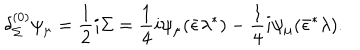
{ \delta _ { \Sigma } ^ { ( 0 ) } \psi _ { \mu } = { \frac { 1 } { 2 } } i \Sigma = { \frac { 1 } { 4 } } i \psi _ { \mu } ( \bar { \epsilon } \lambda ^ { * } ) - { \frac { 1 } { 4 } } i \psi _ { \mu } ( \bar { \epsilon } ^ { * } \lambda ) . }